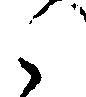
之